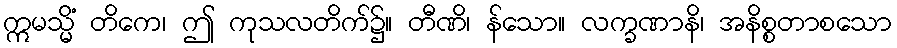
ဣမသ္မိံ တိကေ၊ ဤ ကုသလတိက်၌။ တီဏိ၊ န်သော။ လက္ခဏာနိ၊ အနိစ္စတာစသော